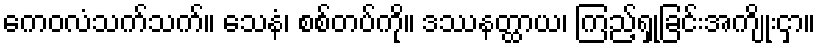
ကေဝလံသက်သက်။ သေနံ၊ စစ်တပ်ကို။ ဒဿနတ္ထာယ၊ ကြည့်ရှုခြင်းအကျိုးငှာ။